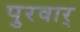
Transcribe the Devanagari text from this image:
पुरवार्